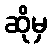
ဆိုမှ